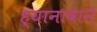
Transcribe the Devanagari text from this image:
ह्यानावाने